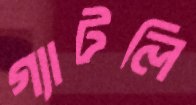
গ্যাটলি